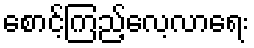
စောင့်ကြည့်လေ့လာရေး